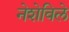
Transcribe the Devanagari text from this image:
नेशेविले